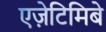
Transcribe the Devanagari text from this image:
एज़ेटिमिबे